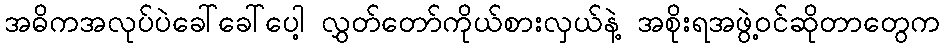
အဓိကအလုပ်ပဲခေါ်ခေါ်ပေါ့ လွှတ်တော်ကိုယ်စားလှယ်နဲ့ အစိုးရအဖွဲ့ဝင်ဆိုတာတွေက